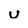
Character: u